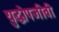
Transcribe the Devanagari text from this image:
युद्धोपजीवी